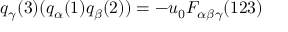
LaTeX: q _ { \gamma } ( 3 ) ( q _ { \alpha } ( 1 ) q _ { \beta } ( 2 ) ) = - u _ { 0 } F _ { \alpha \beta \gamma } ( 1 2 3 )